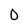
Character: O